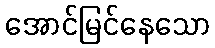
အောင်မြင်နေသော